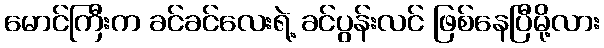
မောင်ကြီးက ခင်ခင်လေးရဲ့ ခင်ပွန်းလင် ဖြစ်နေပြီမို့လား